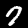
Label: 7